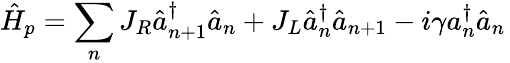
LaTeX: \hat{H}_{p}=\sum_{n}J_{R}\hat{a}_{n+1}^{\dagger}\hat{a}_{n}+J_{L}\hat{a}_{n}^{\dagger}\hat{a}_{n+1}-i\gamma a_{n}^{\dagger}\hat{a}_{n}\,